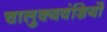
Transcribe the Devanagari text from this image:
चालुक्यवंशियों